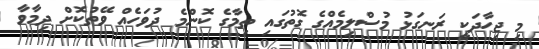
މި ޖިހާދަކީ ރަނގަޅު މުސްލިމެއްގެ ގޮތުގައި ތިމާގެ ކޮންމެ ދުވަހެއް ވޭތުކޮށް ދިމާވާ